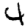
Digit: 4